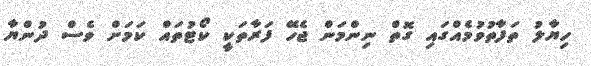
ހިޔާލު ތަފާތުވުމެއްގައި ގޮތް ނިންމަން ޖެހޭ ފަރާތަކީ ކޯޓުތައް ކަމަށް ވެސް ދުންޔާ